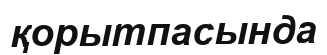
қорытпасында